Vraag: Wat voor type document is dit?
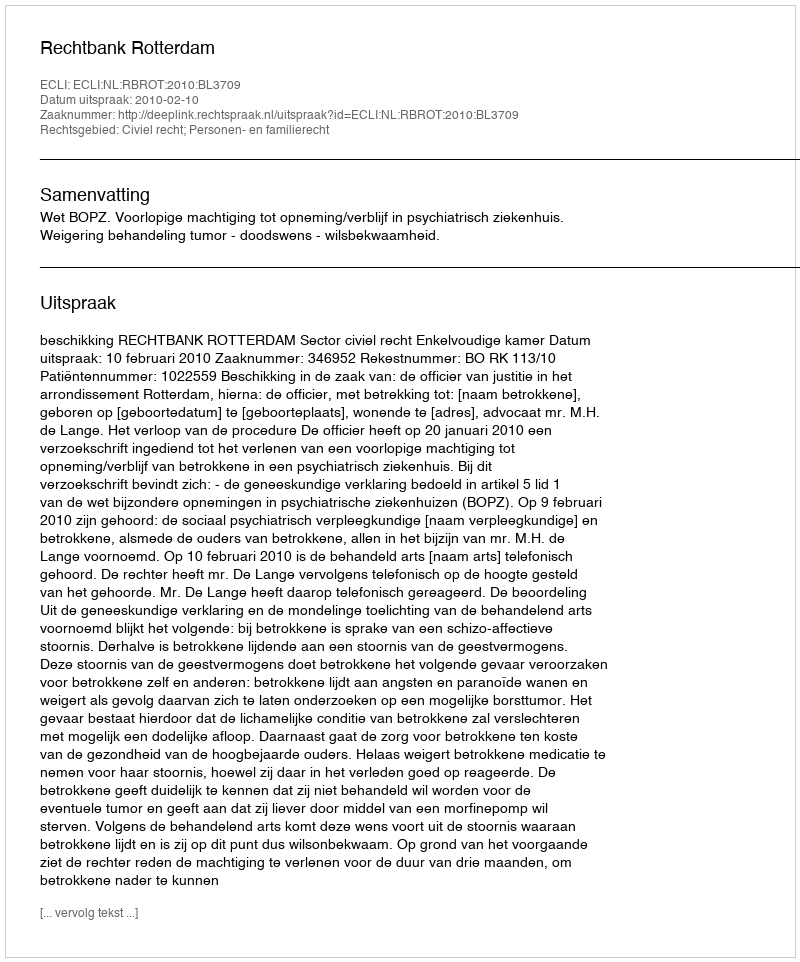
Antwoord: Uitspraak